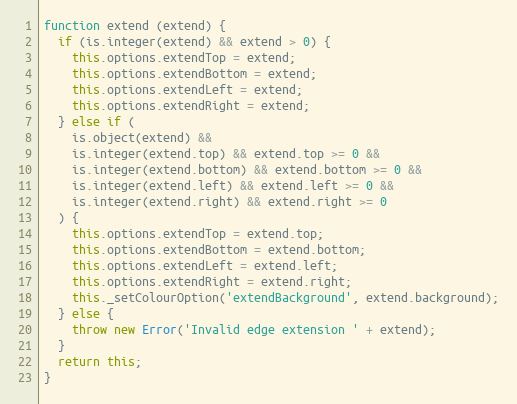
Language: JavaScript
function extend (extend) {
  if (is.integer(extend) && extend > 0) {
    this.options.extendTop = extend;
    this.options.extendBottom = extend;
    this.options.extendLeft = extend;
    this.options.extendRight = extend;
  } else if (
    is.object(extend) &&
    is.integer(extend.top) && extend.top >= 0 &&
    is.integer(extend.bottom) && extend.bottom >= 0 &&
    is.integer(extend.left) && extend.left >= 0 &&
    is.integer(extend.right) && extend.right >= 0
  ) {
    this.options.extendTop = extend.top;
    this.options.extendBottom = extend.bottom;
    this.options.extendLeft = extend.left;
    this.options.extendRight = extend.right;
    this._setColourOption('extendBackground', extend.background);
  } else {
    throw new Error('Invalid edge extension ' + extend);
  }
  return this;
}